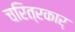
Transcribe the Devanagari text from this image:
चरित्रकार्